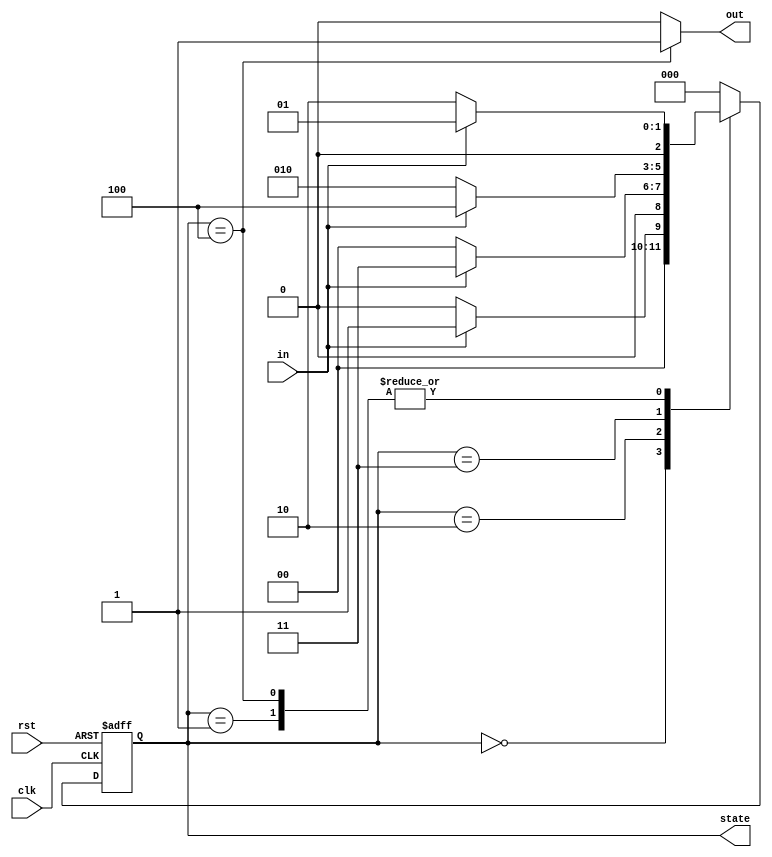
`timescale 1ns / 1ns
module sequence_detector(clk, rst, in, out, state);
    input clk, rst, in;
    output reg out;
    output reg[2:0] state;
    
    parameter _0 = 3'b000,
              _1 = 3'b001,
              _10 = 3'b010,
              _101 = 3'b011,
              _1011 = 3'b100;
    
    reg[2:0] next_state;
    
    always@(posedge clk or posedge rst)
    begin
        if(rst)
            state <= _0;
        else
        begin
            state <= next_state;
        end
    end

    always@(in or state)
    begin
        case(state)
            _0:
            begin
                if(in)
                    next_state <= _1;
                else
                    next_state <= _0;
            end
            _1:
            begin
                if(in)
                    next_state <= _1;
                else
                    next_state <= _10;
            end
            _10:
            begin
                if(in)
                    next_state <= _101;
                else
                    next_state <= _0;
            end
            _101:
            begin
                if(in)
                    next_state <= _1011;
                else
                    next_state <= _10;
            end
            _1011:
            begin
                if(in)
                    next_state <= _1;
                else
                    next_state <= _10;
            end
            default:
                next_state <= _0;
        endcase

    end

    always@(state)
    begin
        if(state == _1011)
            out = 1'b1;
        else
            out = 1'b0;
    end
endmodule